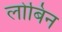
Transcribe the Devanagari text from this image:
लोबिन